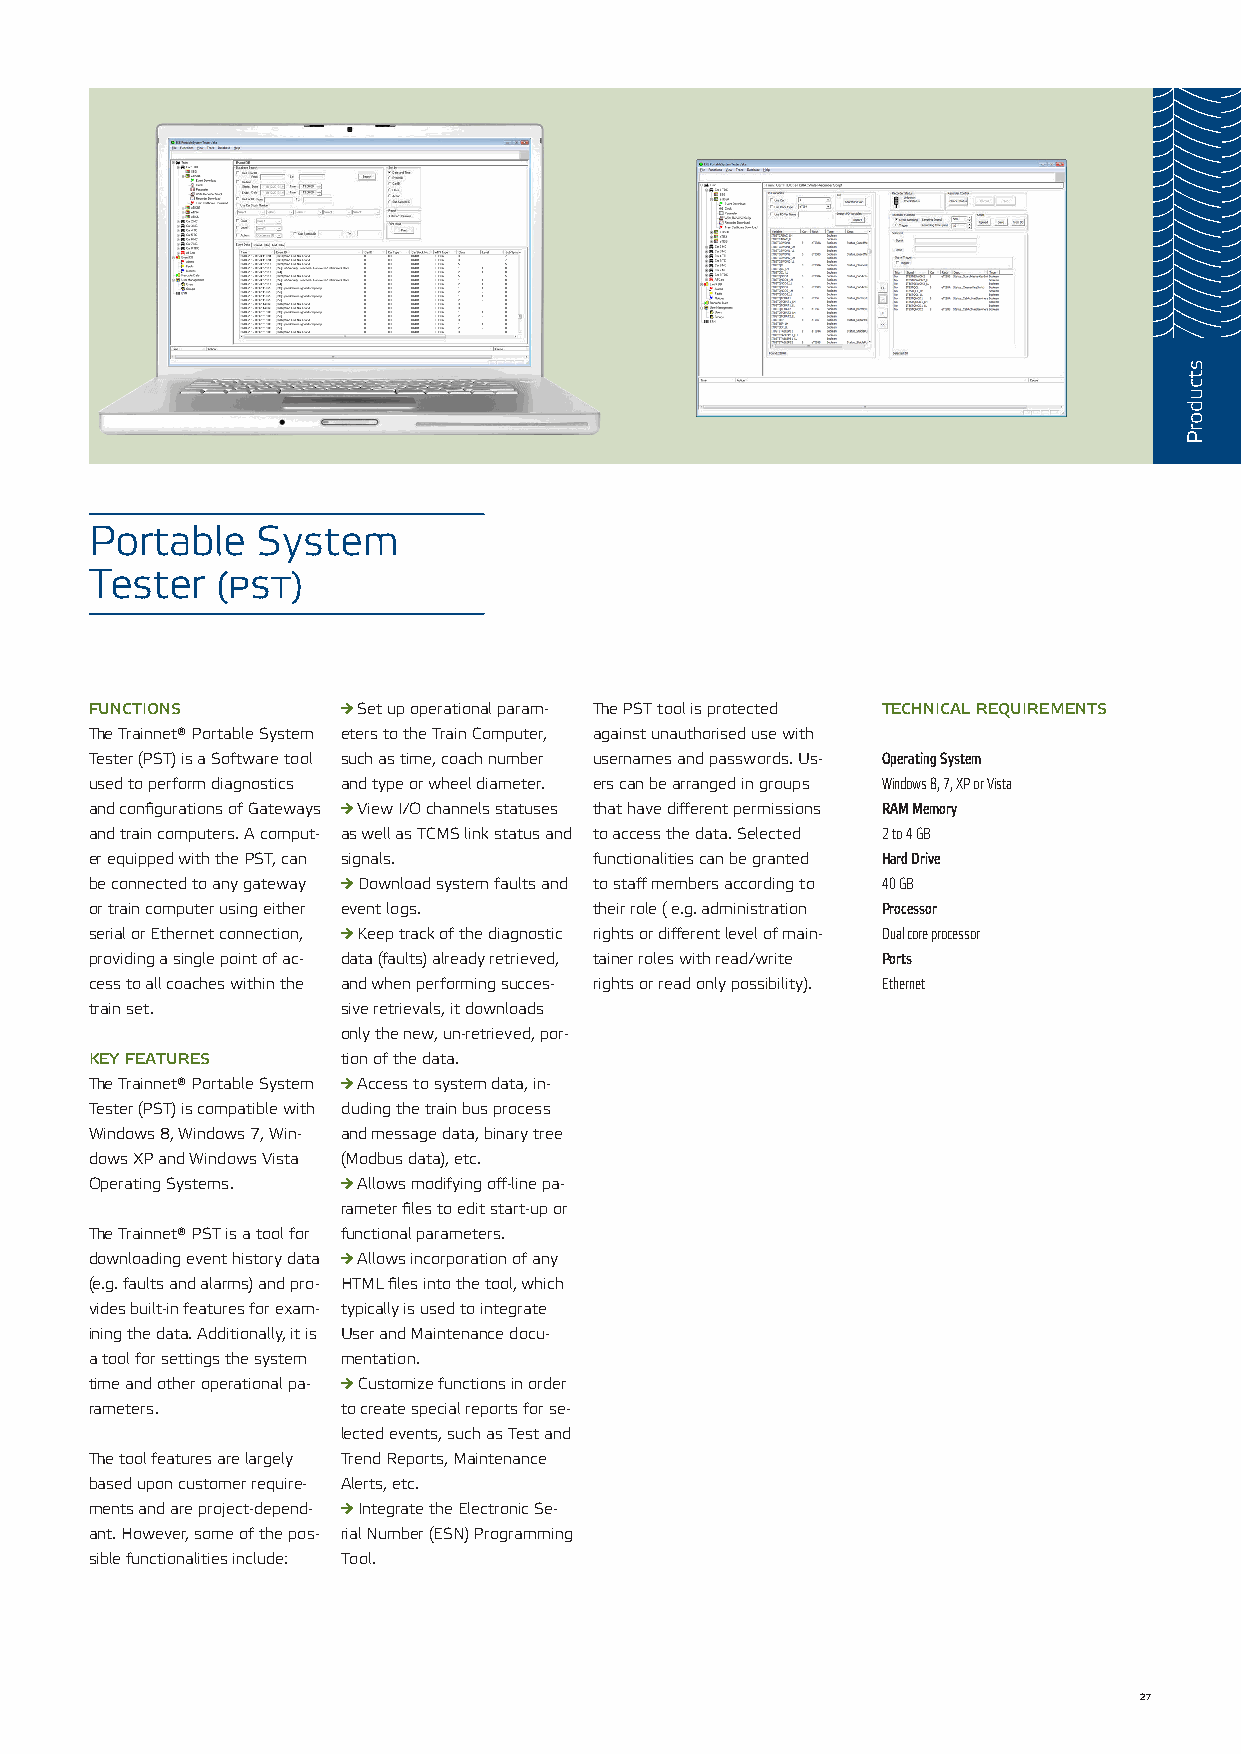
Portable   System
 Tester  (pst)
 functions        → Set up operational param- The PST tool is protected technical requirements
 The Trainnet® Portable System eters to the Train Computer, against unauthorised use with
 Tester (PST) is a Software tool such as time, coach number usernames and passwords. Us- Operating System
 used to perform diagnostics and type or wheel diameter. ers can be arranged in groups Windows 8, 7, XP or Vista
 and configurations of Gateways → View I/O channels statuses that have different permissions RAM Memory
 and train computers. A comput- as well as TCMS link status and to access the data. Selected 2 to 4 GB
 er equipped with the PST, can signals. functionalities can be granted Hard Drive
 be connected to any gateway → Download system faults and to staff members according to 40 GB
 or train computer using either event logs. their role ( e.g. administration Processor
 serial or Ethernet connection, → Keep track of the diagnostic rights or different level of main- Dual core processor
 providing a single point of ac- data (faults) already retrieved, tainer roles with read/write Ports
 cess to all coaches within the and when performing succes- rights or read only possibility). Ethernet
 train set.       sive retrievals, it downloads
 only the new, un-retrieved, por-
 key features     tion of the data.
 The Trainnet® Portable System → Access to system data, in-
 Tester (PST) is compatible with cluding the train bus process
 Windows 8, Windows 7, Win- and message data, binary tree
 dows XP and Windows Vista (Modbus data), etc.
 Operating Systems. → Allows modifying off-line pa-
 rameter files to edit start-up or
 The Trainnet® PST is a tool for functional parameters.
 downloading event history data → Allows incorporation of any
 (e.g. faults and alarms) and pro- HTML files into the tool, which
 vides built-in features for exam- typically is used to integrate
 ining the data. Additionally, it is User and Maintenance docu-
 a tool for settings the system mentation.
 time and other operational pa- → Customize functions in order
 rameters.        to create special reports for se-
 lected events, such as Test and
 The tool features are largely Trend Reports, Maintenance
 based upon customer require- Alerts, etc.
 ments and are project-depend- → Integrate the Electronic Se-
 ant. However, some of the pos- rial Number (ESN) Programming
 sible functionalities include: Tool.
 27
 stcudorP